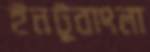
ইনটুবাংলা